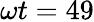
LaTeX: \omega t=49